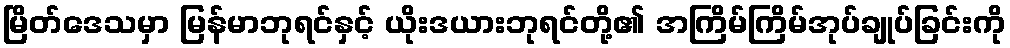
မြိတ်ဒေသမှာ မြန်မာဘုရင်နှင့် ယိုးဒယားဘုရင်တို့၏ အကြိမ်ကြိမ်အုပ်ချုပ်ခြင်းကို